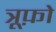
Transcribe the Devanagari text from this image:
त्रूफ़ो